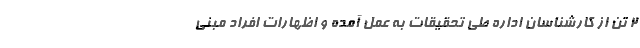
۲ تن از کارشناسان اداره طی تحقیقات به عمل آمده و اظهارات افراد مبنی